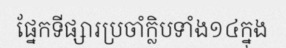
ផ្នែកទីផ្សារប្រចាំក្លិបទាំង១៤ក្នុង